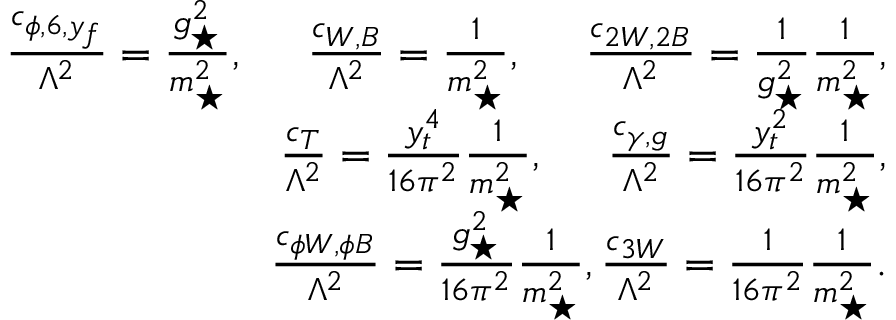
\begin{array} { r l r } & { } & { \frac { c _ { \phi , 6 , y _ { f } } } { \Lambda ^ { 2 } } = \frac { g _ { \star } ^ { 2 } } { m _ { \star } ^ { 2 } } , \; \; \; \; \; \frac { c _ { W , B } } { \Lambda ^ { 2 } } = \frac { 1 } { m _ { \star } ^ { 2 } } , \; \; \; \; \; \frac { c _ { 2 W , 2 B } } { \Lambda ^ { 2 } } = \frac { 1 } { g _ { \star } ^ { 2 } } \frac { 1 } { m _ { \star } ^ { 2 } } , } \\ & { } & { \frac { c _ { T } } { \Lambda ^ { 2 } } = \frac { y _ { t } ^ { 4 } } { 1 6 \pi ^ { 2 } } \frac { 1 } { m _ { \star } ^ { 2 } } , \; \; \; \; \; \frac { c _ { \gamma , g } } { \Lambda ^ { 2 } } = \frac { y _ { t } ^ { 2 } } { 1 6 \pi ^ { 2 } } \frac { 1 } { m _ { \star } ^ { 2 } } , } \\ & { } & { \frac { c _ { \phi W , \phi B } } { \Lambda ^ { 2 } } = \frac { g _ { \star } ^ { 2 } } { 1 6 \pi ^ { 2 } } \frac { 1 } { m _ { \star } ^ { 2 } } , \frac { c _ { 3 W } } { \Lambda ^ { 2 } } = \frac { 1 } { 1 6 \pi ^ { 2 } } \frac { 1 } { m _ { \star } ^ { 2 } } . } \end{array}